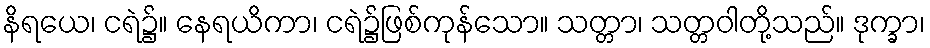
နိရယေ၊ ငရဲ၌။ နေရယိကာ၊ ငရဲ၌ဖြစ်ကုန်သော။ သတ္တာ၊ သတ္တဝါတို့သည်။ ဒုက္ခာ၊